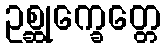
ဥစ္ဆုက္ခေတ္တေ